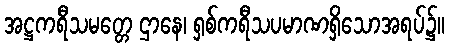
အဋ္ဌကရီသမတ္တေ ဌာနေ၊ ရှစ်ကရီသပမာဏရှိသောအရပ်၌။